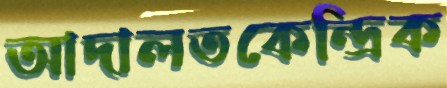
আদালতকেন্দ্রিক